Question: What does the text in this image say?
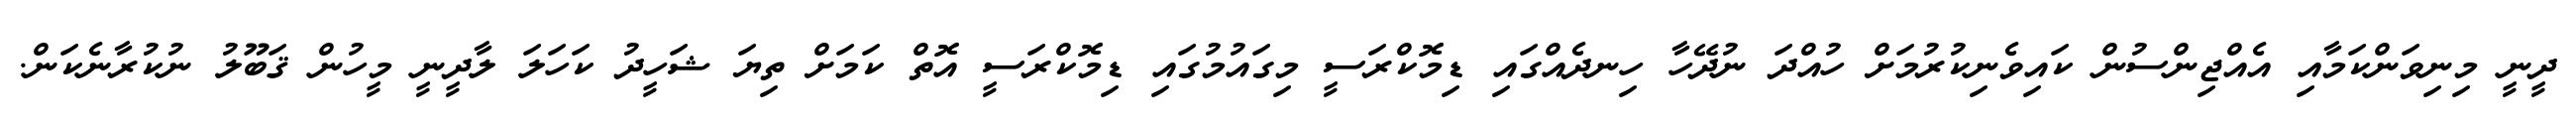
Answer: ދީނީ މިނިވަންކަމާއި އެއްޖިންސުން ކައިވެނިކުރުމަށް ހުއްދަ ނުދޭހާ ހިނދެއްގައި ޑިމޮކްރަސީ މިގައުމުގައި ޑިމޮކްރަސީ އޮތް ކަމަށް ތިޔަ ޝަހީދު ކަހަލަ ލާދީނީ މީހުން ޤަބޫލު ނުކުރާނެކަން.